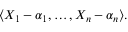
\langle X _ { 1 } - \alpha _ { 1 } , \ldots , X _ { n } - \alpha _ { n } \rangle .